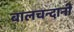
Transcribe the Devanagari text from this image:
बालचन्दानी